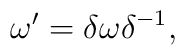
\omega' = \delta\omega\delta^{-1} ,